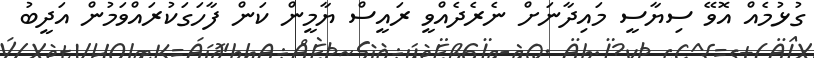
ގުޅުމެއް އޮވޭ ސިޔާސީ މައިދާނަށް ނެރެދެއްވީ ރައީސް ޔާމީން ކަން ފާހަގަކުރައްވަމުން އަދީބު